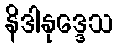
နိဒါနုဒ္ဒေသ